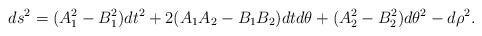
LaTeX: \begin{align*}ds^2=(A_1^2-B_1^2) dt^2+ 2 (A_1 A_2-B_1 B_2)dtd\theta + (A_2^2-B^2_2) d\theta^2-d\rho^2.\end{align*}